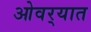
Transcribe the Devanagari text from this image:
ओवर्‍यात